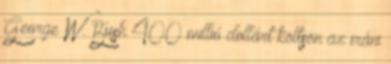
George W. Bush 400 millió dollárt költsön az iráni